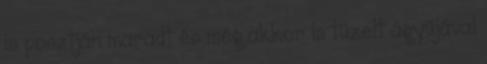
is posztján maradt és még akkor is tüzelt ágyújával